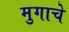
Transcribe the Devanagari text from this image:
मुगाचे